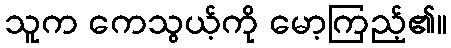
သူက ကေသွယ့်ကို မော့ကြည့်၏။